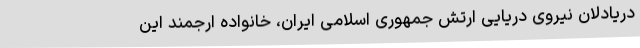
دریادلان نیروی دریایی ارتش جمهوری اسلامی ایران، خانواده ارجمند این